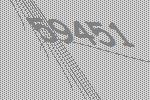
59451